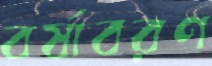
বর্ষাবরণ